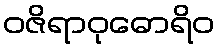
ဝဇိရာဝုဓောရိဝ